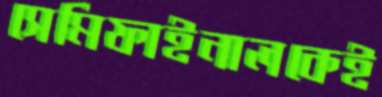
সেমিফাইনালকেই